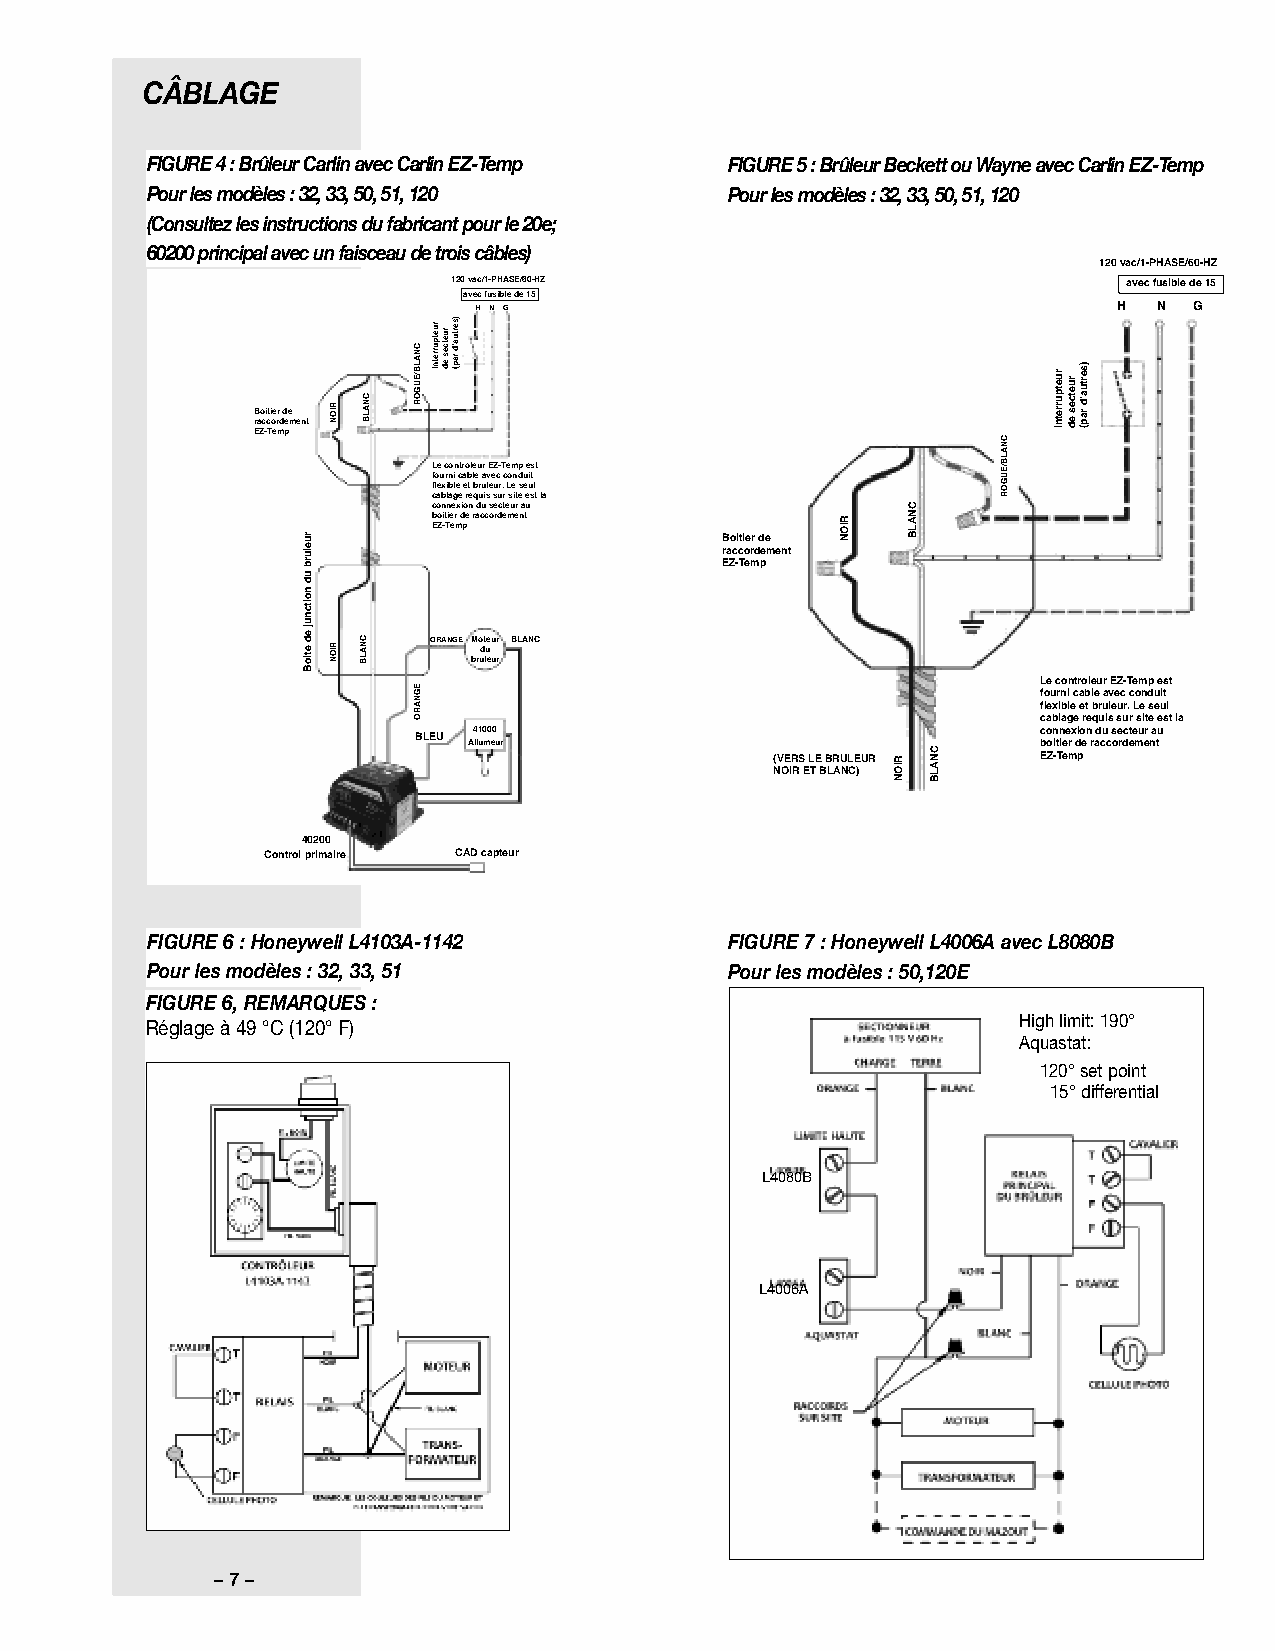
CÂBLAGE
 FIGURE 4 : Brûleur Carlin avec Carlin EZ-Temp FIGURE 5 : Brûleur Beckett ou Wayne avec Carlin EZ-Temp
 Pour les modèles : 32, 33, 50, 51, 120 Pour les modèles : 32, 33, 50, 51, 120
 (Consultez les instructions du fabricant pour le 20e;
 60200 principal avec un faisceau de trois câbles)
 120 vac/1-PHASE/60-HZ
 120 vac/1-PHASE/60-HZ                        avec fusible de 15
 avec fusible de 15
 H N G                                      H  N G
 Boitier de
 raccordement
 EZ-Temp
 Le controleur EZ-Temp est
 fourni cable avec conduit
 flexible et bruleur. Le seul
 cablage requis sur site est la
 connexion du secteur au
 boitier de raccordement
 EZ-Temp
 Boitier de
 raccordement
 EZ-Temp
 ORANGE Moteur BLANC
 du
 bruleur
 Le controleur EZ-Temp est
 fourni cable avec conduit
 flexible et bruleur. Le seul
 cablage requis sur site est la
 BLEU A4 ll1 u0 m0 e0 ur                   c bo on itn iee rx dio en r ad cu c s oe rdct ee mu er na tu
 (VERS LE BRULEUR  EZ-Temp
 NOIR ET BLANC)
 40200
 Control primaire CAD capteur
 FIGURE 6 : Honeywell L4103A-1142      FIGURE 7 : Honeywell L4006A avec L8080B
 Pour les modèles : 32, 33, 51         Pour les modèles : 50,120E
 FIGURE 6, REMARQUES :
 High limit: 190°
 Réglage à 49 °C (120° F)
 Aquastat:
 120°set point
 15° differential
 L4080B
 L4006A
 – 7 –
 ruelurb
 ud
 noitcnuj
 ed
 etioB
 RION
 RION
 CNALB
 CNALB
 CNALB/EUGOR
 EGNARO
 ruetpurretnI ruetces
 ed
 )sertua’d
 rap(
 RION
 RION
 CNALB
 CNALB
 CNALB/EUGOR
 ruetpurretnI
 ruetces
 ed
 )sertua’d
 rap(